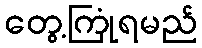
တွေ့ကြုံရမည်